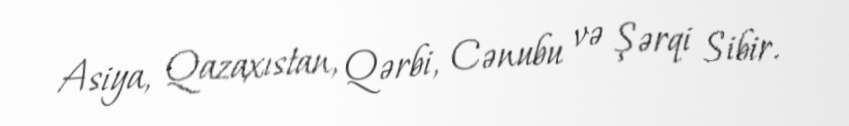
Asiya, Qazaxıstan, Qərbi, Cənubu və Şərqi Sibir.